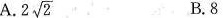
A. 2 \sqrt{2} B.8